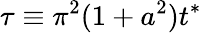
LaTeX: \tau\equiv\pi^{2}(1+a^{2})t^{*}